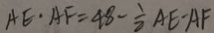
A E \cdot A F = 4 8 - \frac { 1 } { 2 } A E - A F